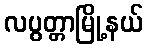
လပွတ္တာမြို့နယ်